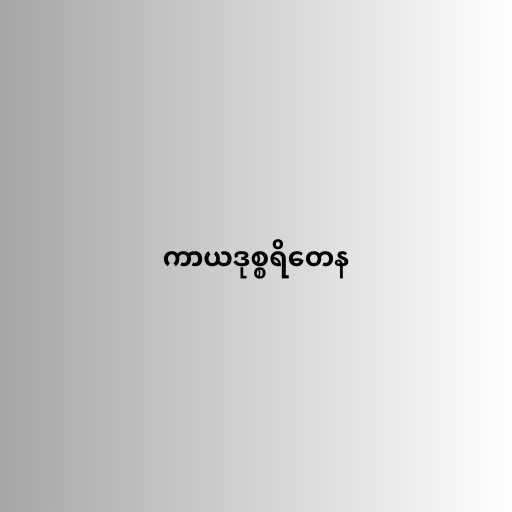
ကာယဒုစ္စရိတေန